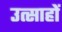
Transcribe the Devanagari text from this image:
उत्साहों